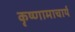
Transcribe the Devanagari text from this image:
कृष्णामाचार्य